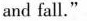
and fall."